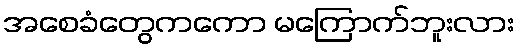
အစေခံတွေကကော မကြောက်ဘူးလား